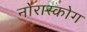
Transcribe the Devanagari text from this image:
नोरास्कोग